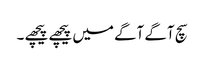
سچ آگے آگے میں پیچھے پیچھے ۔